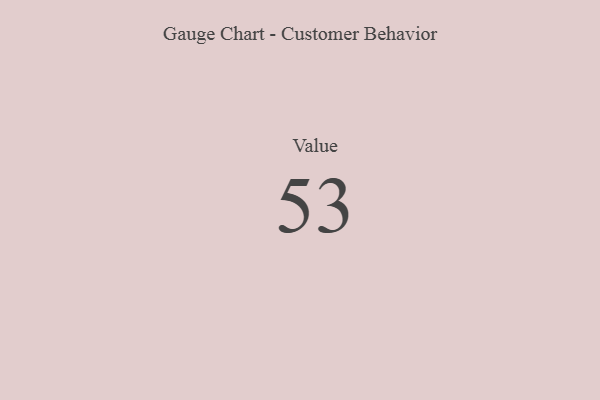
{"axis": {"x": "Metric", "y": "Value"}, "legend": [""], "data": [{"x": "Value", "y": 53, "type": ""}]}